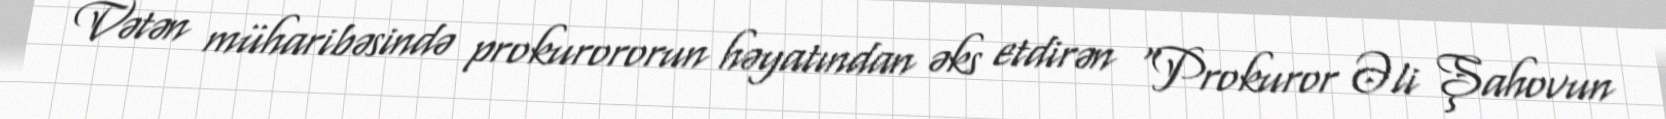
Vətən müharibəsində prokurororun həyatından əks etdirən "Prokuror Əli Şahovun